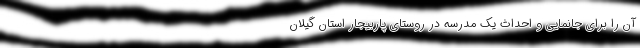
آن را برای جانمایی و احداث یک مدرسه در روستای پاربیجار استان گیلان